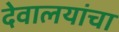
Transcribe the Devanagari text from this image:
देवालयांचा